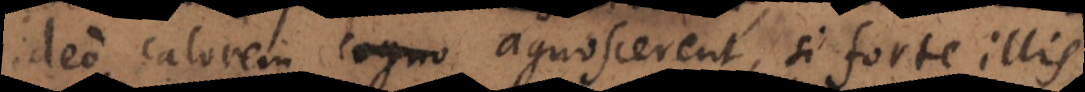
ideo calorem cogno agnoscerent, si forte illis